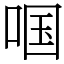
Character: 啯